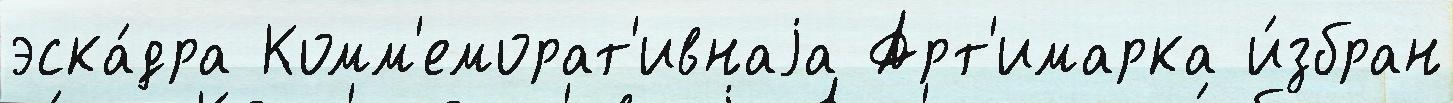
эска́дра Комм'еморат'ивнаjа Арт'имарка и́збран